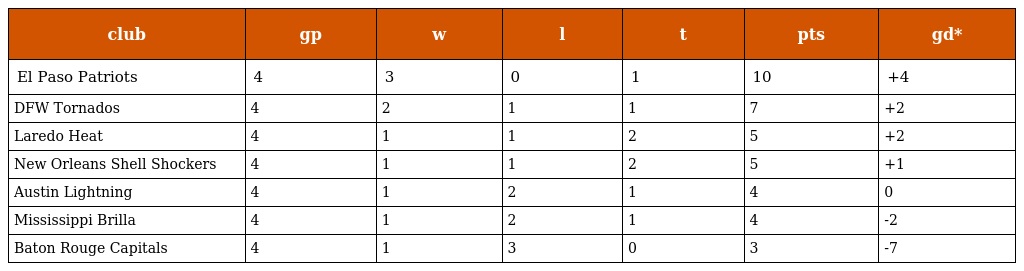
| club | gp | w | l | t | pts | gd* |
 | --- | --- | --- | --- | --- | --- | --- |
 | El Paso Patriots | 4 | 3 | 0 | 1 | 10 | +4 |
 | DFW Tornados | 4 | 2 | 1 | 1 | 7 | +2 |
 | Laredo Heat | 4 | 1 | 1 | 2 | 5 | +2 |
 | New Orleans Shell Shockers | 4 | 1 | 1 | 2 | 5 | +1 |
 | Austin Lightning | 4 | 1 | 2 | 1 | 4 | 0 |
 | Mississippi Brilla | 4 | 1 | 2 | 1 | 4 | -2 |
 | Baton Rouge Capitals | 4 | 1 | 3 | 0 | 3 | -7 |